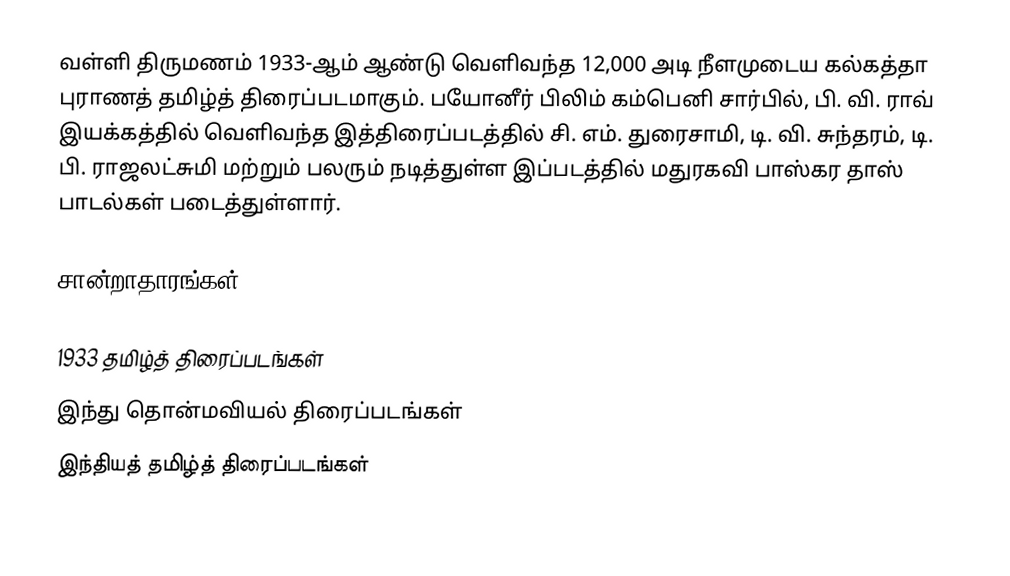
வள்ளி திருமணம் 1933-ஆம் ஆண்டு வெளிவந்த 12,000 அடி நீளமுடைய கல்கத்தா புராணத்  தமிழ்த் திரைப்படமாகும். பயோனீர் பிலிம் கம்பெனி சார்பில், பி. வி. ராவ் இயக்கத்தில் வெளிவந்த இத்திரைப்படத்தில் சி. எம். துரைசாமி, டி. வி. சுந்தரம், டி. பி. ராஜலட்சுமி மற்றும் பலரும் நடித்துள்ள இப்படத்தில் மதுரகவி பாஸ்கர தாஸ் பாடல்கள் படைத்துள்ளார்.

சான்றாதாரங்கள்

1933 தமிழ்த் திரைப்படங்கள்
இந்து தொன்மவியல் திரைப்படங்கள்
இந்தியத் தமிழ்த் திரைப்படங்கள்